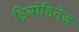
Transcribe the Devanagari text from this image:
ड़ियोडिनेज